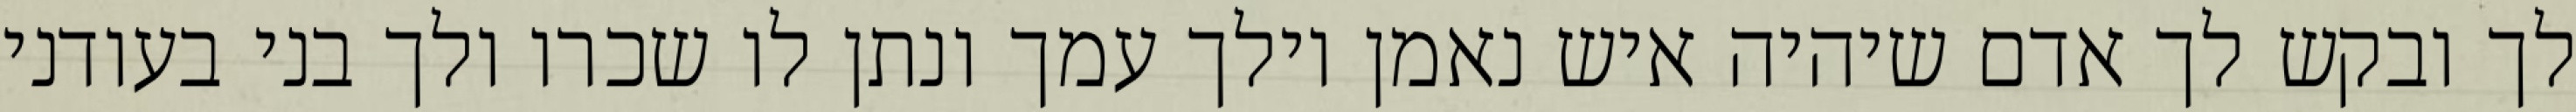
לך ובקש לך אדם שיהיה איש נאמן וילך עמך ונתן לו שכרו ולך בני בעודני